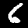
Label: 6